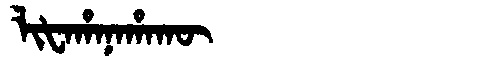
Manchu: ᠯᡳᡶᠠᡥᠠᠨᠠᡥᠠᡴᡡ
Romanization: LIFAHANAHAKŪ